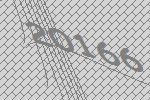
20166